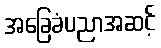
အခြေခံပညာအဆင့်